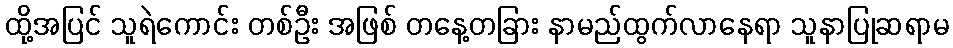
ထို့အပြင် သူရဲကောင်း တစ်ဦး အဖြစ် တနေ့တခြား နာမည်ထွက်လာနေရာ သူနာပြုဆရာမ